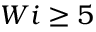
W i \geq 5